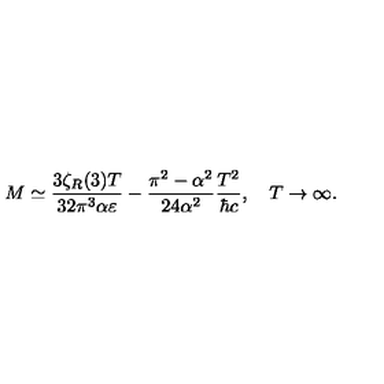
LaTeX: M \simeq \frac { 3 \zeta _ { R } ( 3 ) T } { 3 2 \pi ^ { 3 } \alpha \varepsilon } - \frac { \pi ^ { 2 } - \alpha ^ { 2 } } { 2 4 \alpha ^ { 2 } } \frac { T ^ { 2 } } { \hbar c } , \quad T \to \infty { . }